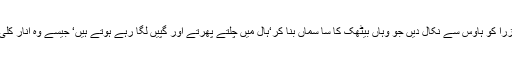
اسد قیصر صاحب میں زیادہ جرأت نہیں کہ وہ ایسے ایم این ایز اور وزرا کو ہاؤس سے نکال دیں جو وہاں بیٹھک کا سا سماں بنا کر‘ہال میں چلتے پھرتے اور گپیں لگا رہے ہوتے ہیں‘ جیسے وہ انار کلی بازار میں دوستوں کے ساتھ واک کرنے اور فالودہ کھانے آئے ہوں ۔